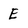
Character: E